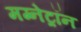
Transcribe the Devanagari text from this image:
मग्नेट्रॉन